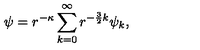
\psi = r ^ { - \kappa } \sum _ { k = 0 } ^ { \infty } r ^ { - \frac { 3 } { 2 } k } \psi _ { k } ,